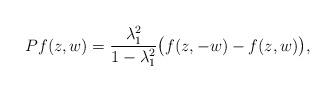
LaTeX: \begin{align*}Pf(z, w) = \frac{\lambda_{1}^{2}}{1 - \lambda_{1}^{2}}\big(f(z, -w) - f(z, w)\big),\end{align*}